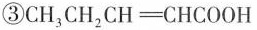
③CH_{3}CH_{2}CH \xlongequal[]{} CHCOOH